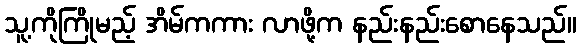
သူ့ကိုကြိုမည့် အိမ်ကကား လာဖို့က နည်းနည်းစောနေသည်။